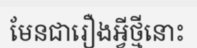
មែនជារឿងអ្វីថ្មីនោះ